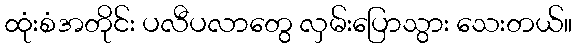
ထုံးစံအတိုင်း ပလီပလာတွေ လှမ်းပြောသွား သေးတယ်။